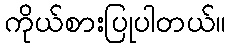
ကိုယ်စားပြုပါတယ်။